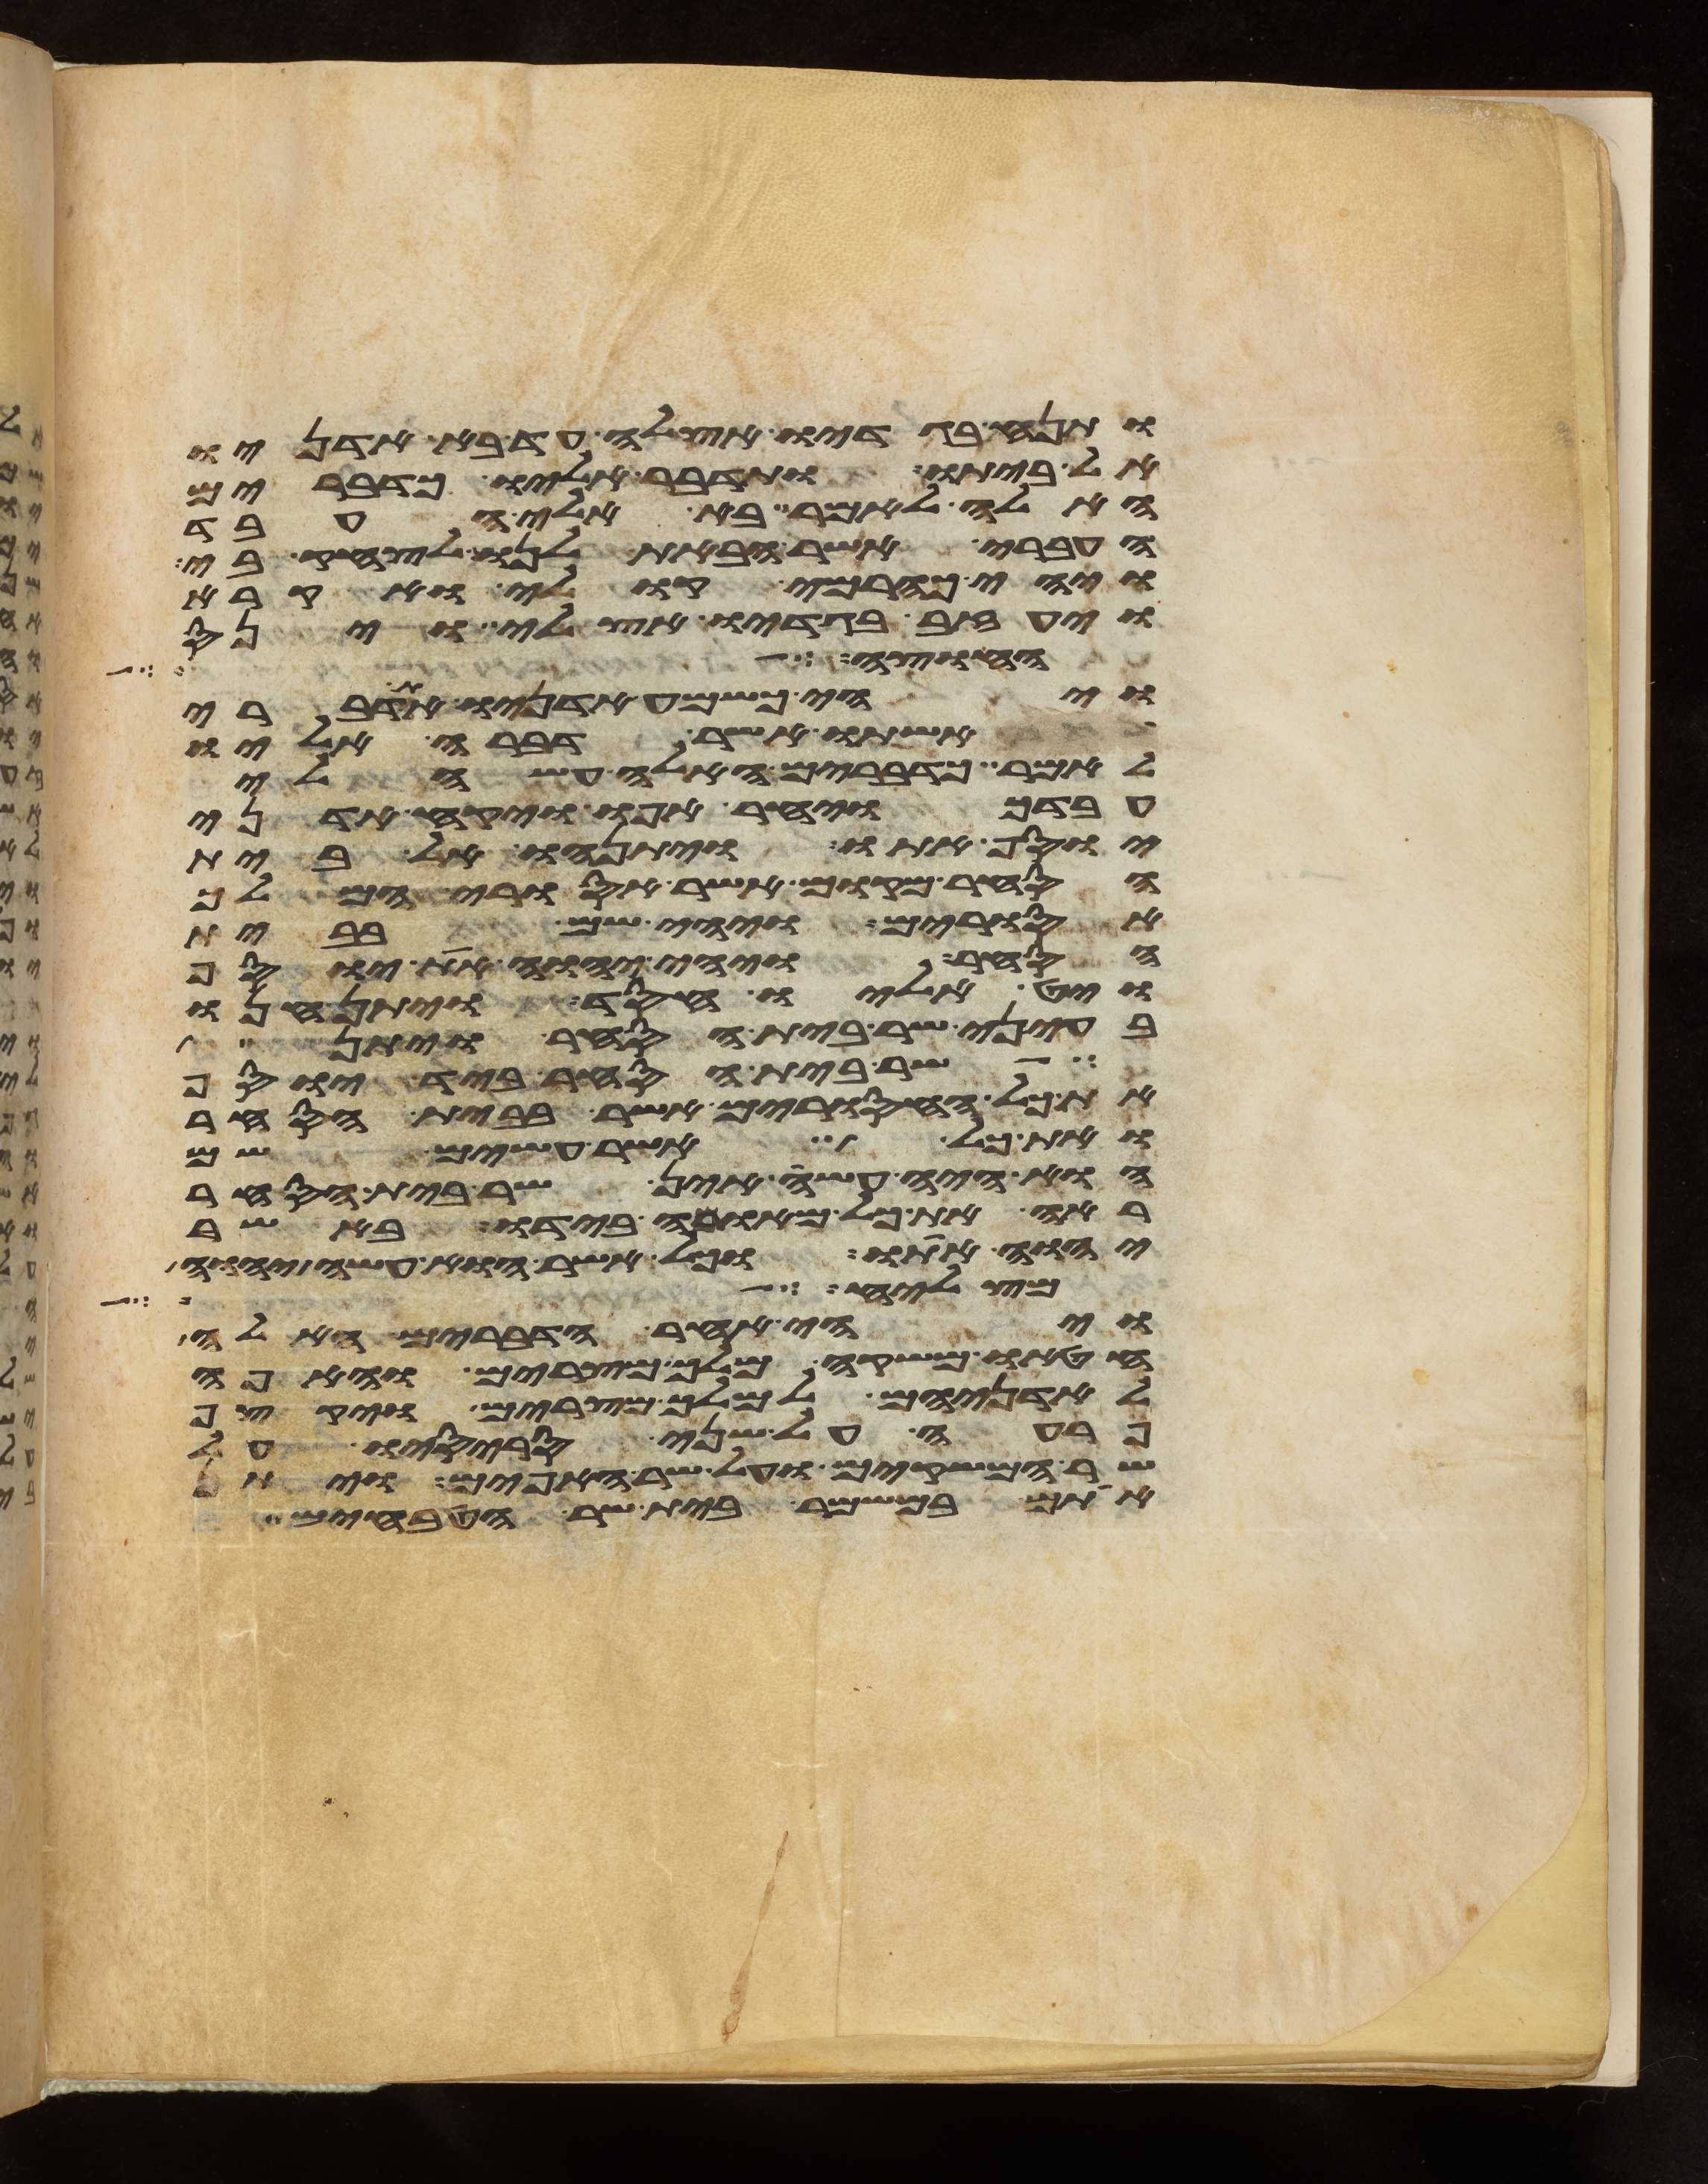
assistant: ותנח בגדיו אצלה עד בא אדניו
אל ביתו ותדבר אליו כדברים
האלה לאמר בא אלי העבד
העברי אשר הבאת לנו לצחק בי
ויהי כהרמי קולי ואקרא
ויעזב בגדיו אצלי וינס
יהוה הדבר אליה אתה אל
ויהי כשמע אדניו את דברי
אשתו אשר דברה אליו
לאמר כדברים האלה עשה לי
עבדך ויחר אפו ויקח אדני
יוסף אתו ויתנהו אל בית
הסחר מקום אשר אסורי המלך
אסורים ויהי שם בבית
הסחר ויהי יהוה את יוסף
ויט אליו חסד ויתן חנו
בעיני שר בית הסחר ויתן
שר בית הסחר ביד יוסף
את כל האסורים אשר בבית הסחר
ואת כל אשר עשים שם
הוא היה עשה אין שר בית הסחר
ראה את כל מאומה בידו באשר
יהוה אתו וכל אשר הוא עשה יהוה
תצליח אל
ויהי אחר הדברים האלה
חטאו משקה מלך מצרים והאפה
לאדניהם למלך מצרים ויקצף
פרעה על שני סריסיו על
שר המשקים ועל שר האפים ויתן
אתם במשמר בית שר הטבחים